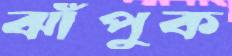
ঝাঁপুক